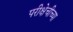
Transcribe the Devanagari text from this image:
परीक्षेचीच्या